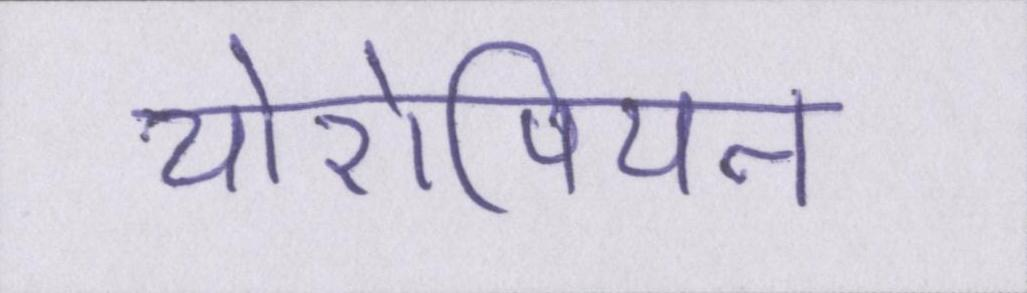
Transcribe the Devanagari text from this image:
योरोपियन